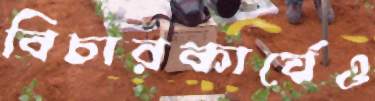
বিচারকার্যেও